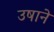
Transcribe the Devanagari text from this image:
उषाने